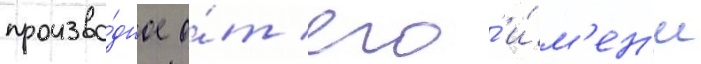
произво́дное о́т его́ и́м'ен'и